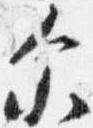
示